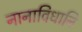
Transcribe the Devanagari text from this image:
नानाविधानि